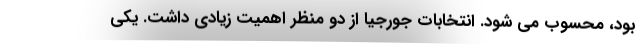
بود، محسوب می شود. انتخابات جورجیا از دو منظر اهمیت زیادی داشت. یکی